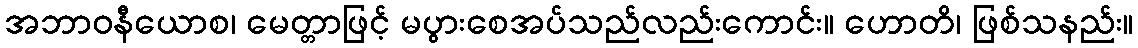
အဘာဝနီယောစ၊ မေတ္တာဖြင့် မပွားစေအပ်သည်လည်းကောင်း။ ဟောတိ၊ ဖြစ်သနည်း။